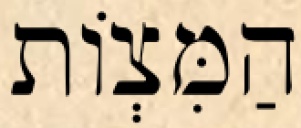
הַמִּצְוֹת